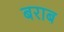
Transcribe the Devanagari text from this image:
बराब